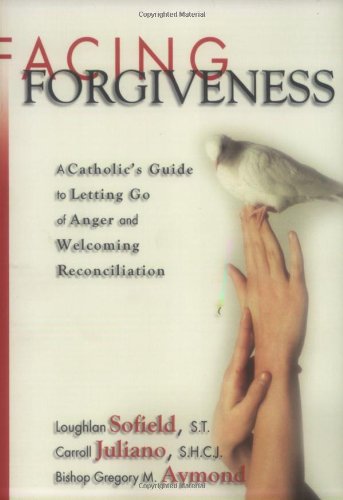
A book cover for Facing Forgiveness: A Catholic's Guide to Letting Go of Anger and Welcoming Reconciliation; Loughlan Sofield; Christian Books & Bibles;